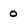
Character: o